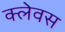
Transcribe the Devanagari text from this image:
क्लेवस